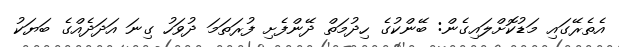
އެތެރޭގައި މަޑުކޮށްލައިގެން: ބޭންކުގެ ހިދުމަތް ދޭންފެށި ފުރަތަމަ ދުވަހު ގިނަ އަދަދެއްގެ ބަޔަކު